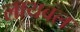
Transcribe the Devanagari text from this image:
लायबल